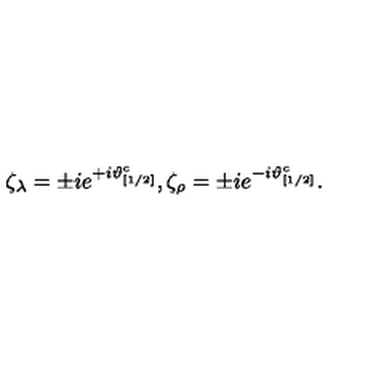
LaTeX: \zeta _ { \lambda } = \pm i e ^ { + i \vartheta _ { [ 1 / 2 ] } ^ { c } } , \zeta _ { \rho } = \pm i e ^ { - i \vartheta _ { [ 1 / 2 ] } ^ { c } } .